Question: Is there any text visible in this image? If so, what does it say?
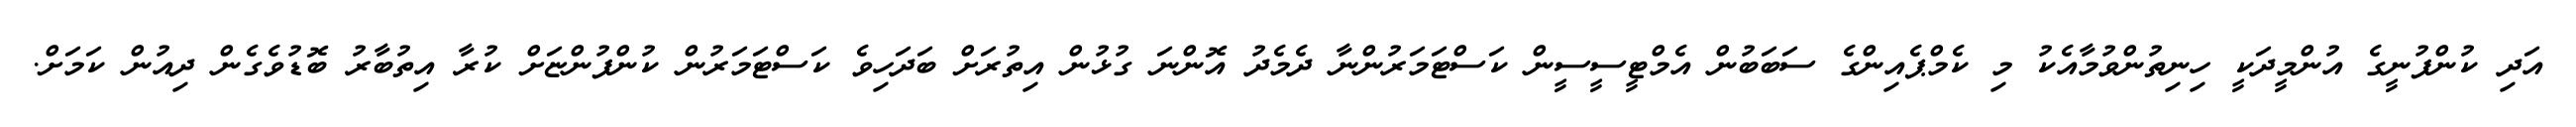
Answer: އަދި ކުންފުނީގެ އުންމީދަކީ ހިނިތުންވުމާއެކު މި ކެމްޕެއިންގެ ސަބަބުން އެމްޓީސީސީން ކަސްޓަމަރުންނާ ދެމެދު އޮންނަ ގުޅުން އިތުރަށް ބަދަހިވެ ކަސްޓަމަރުން ކުންފުންޏަށް ކުރާ އިތުބާރު ބޮޑުވެގެން ދިއުން ކަމަށް.